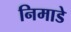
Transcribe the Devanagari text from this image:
निमाडे